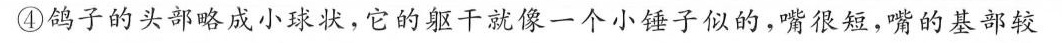
鸽子的头部略成小球状，它的躯干就像一个小锤子似的，嘴很短，嘴的基部较